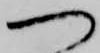
へ